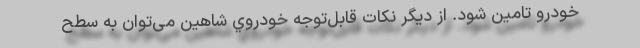
خودرو تامین شود. از دیگر نکات قابل‌توجه خودروي شاهين می‌توان به سطح